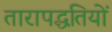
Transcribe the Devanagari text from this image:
तारापद्धतियों